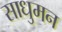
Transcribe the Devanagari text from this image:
साधुमन